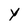
Character: y